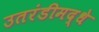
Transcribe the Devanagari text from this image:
उतरंडीमद्धे